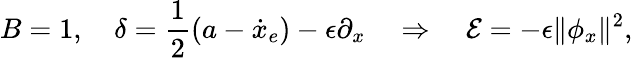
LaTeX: B=1,\quad\delta=\frac{1}{2}(a-\dot{x}_{e})-\epsilon\partial_{x}\quad\Rightarrow\quad\mathcal{E}=-\epsilon\| \phi_{x}\| ^{2},